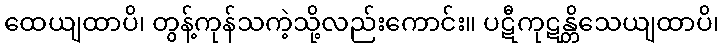
ထေယျထာပိ၊ တွန့်ကုန်သကဲ့သို့လည်းကောင်း။ ပဋီကုဋန္တိသေယျထာပိ၊